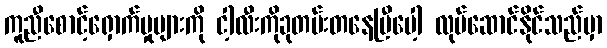
ကူညီစောင့်ရှောက်မှုများကို ငါ့လီးကိုခုတမ်းတနေပြီပေါ့ လုပ်ဆောင်နိုင်သည်မှာ